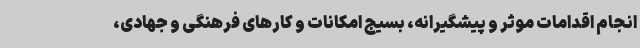
انجام اقدامات موثر و پیشگیرانه، بسیج امکانات و کارهای فرهنگی و جهادی،